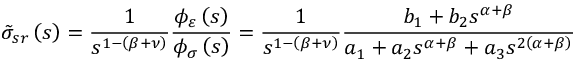
\tilde { \sigma } _ { s r } \left( s \right) = \frac { 1 } { s ^ { 1 - \left( \beta + \nu \right) } } \frac { \phi _ { \varepsilon } \left( s \right) } { \phi _ { \sigma } \left( s \right) } = \frac { 1 } { s ^ { 1 - \left( \beta + \nu \right) } } \frac { b _ { 1 } + b _ { 2 } s ^ { \alpha + \beta } } { a _ { 1 } + a _ { 2 } s ^ { \alpha + \beta } + a _ { 3 } s ^ { 2 \left( \alpha + \beta \right) } }